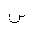
Letter: _sin